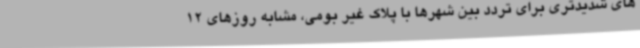
های شدیدتری برای تردد بین شهرها با پلاک غیر بومی، مشابه روزهای 12